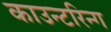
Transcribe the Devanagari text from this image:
काउन्टरिन्ग